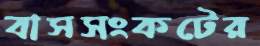
বাসসংকটের